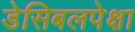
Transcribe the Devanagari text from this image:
डेसिबलपेक्षा